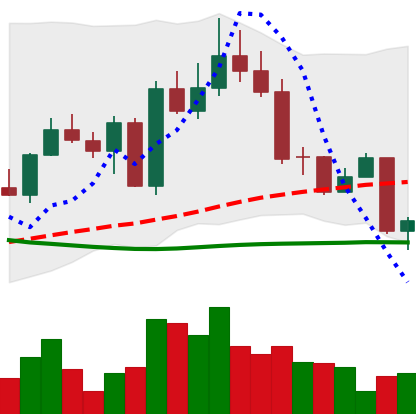
Ticker: EOS-USD
Chart end date: 2022-09-19
Forward return: -7.844%
Label: down_7plus